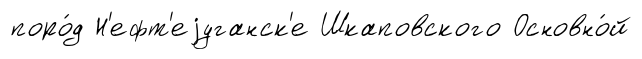
поро́д Н'ефт'еjуганск'е Шкаповского Основно́й